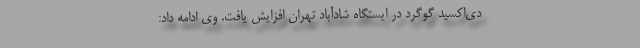
دی‌اکسید گوگرد در ایستگاه شادآباد تهران افزایش یافت. وی ادامه داد: